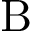
\mathrm { B }